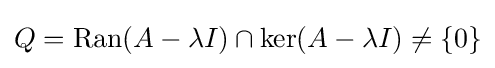
Q=\operatorname {Ran} (A-\lambda I)\cap \ker(A-\lambda I)\neq \{0\}